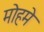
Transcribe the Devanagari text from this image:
मोहमे